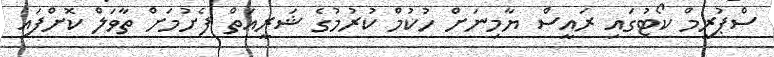
ސްޕުރީމް ކޯޓުގައި ރައީސް ޔާމިނަށް ހުކުމް ކުރުމުގެ ޝަރީއަތް ފެށުމަށް ތާވަލް ކޮށްފައި